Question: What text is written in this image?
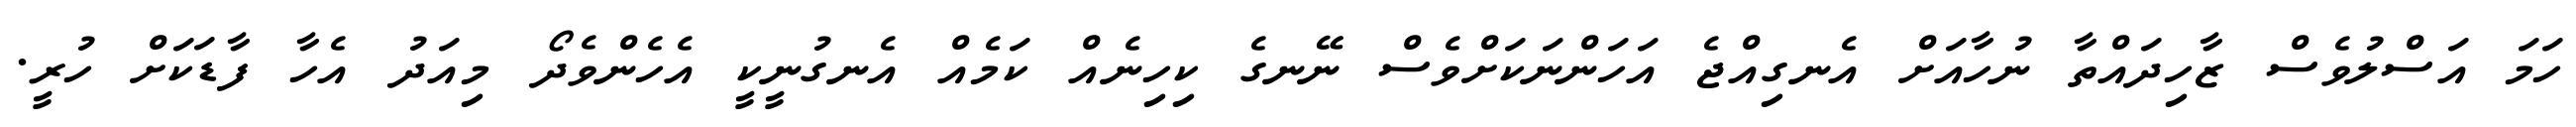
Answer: ހަމަ އަސްލުވެސް ޒާހިދައްތާ ނުހާއަށް އެނގިއްޖެ އަހަންނަކަށްވެސް ނޭނގެ ކިހިނެއް ކަމެއް އެނގުނީކީ އެހެންވެދޯ މިއަދު އެހާ ފާޑަކަށް ހުރީ.